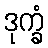
ဒုက္ခံ